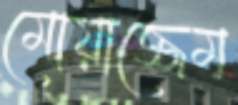
মোয়াজ্জেম